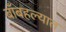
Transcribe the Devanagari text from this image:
बाँबहल्यात